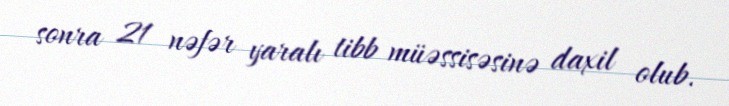
sonra 21 nəfər yaralı tibb müəssisəsinə daxil olub.